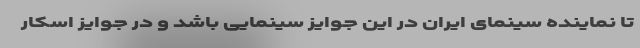
تا نماینده سینمای ایران در این جوایز سینمایی باشد و در جوایز اسکار